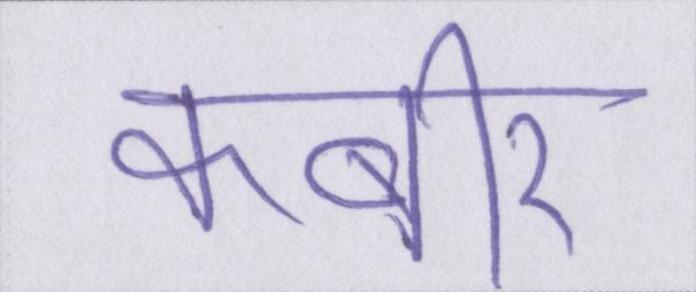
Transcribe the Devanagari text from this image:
कबीर